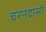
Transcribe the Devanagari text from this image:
चरनदासी